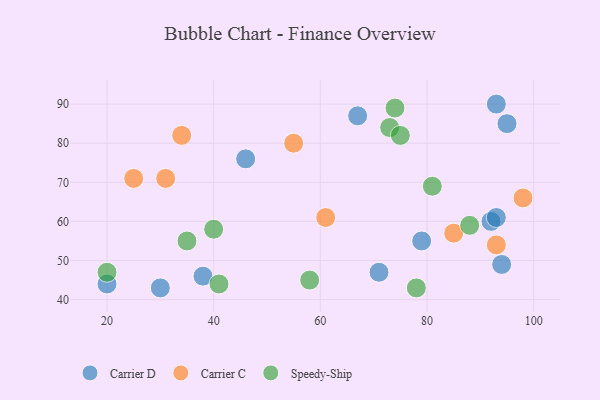
{"axis": {"x": "GDP", "y": "Life Expectancy"}, "legend": ["Carrier C", "Carrier D", "Speedy-Ship"], "data": [{"x": "71", "y": 47, "type": "Carrier D"}, {"x": "94", "y": 49, "type": "Carrier D"}, {"x": "30", "y": 43, "type": "Carrier D"}, {"x": "79", "y": 55, "type": "Carrier D"}, {"x": "92", "y": 60, "type": "Carrier D"}, {"x": "93", "y": 61, "type": "Carrier D"}, {"x": "38", "y": 46, "type": "Carrier D"}, {"x": "95", "y": 85, "type": "Carrier D"}, {"x": "46", "y": 76, "type": "Carrier D"}, {"x": "67", "y": 87, "type": "Carrier D"}, {"x": "93", "y": 90, "type": "Carrier D"}, {"x": "20", "y": 44, "type": "Carrier D"}, {"x": "85", "y": 57, "type": "Carrier C"}, {"x": "93", "y": 54, "type": "Carrier C"}, {"x": "31", "y": 71, "type": "Carrier C"}, {"x": "25", "y": 71, "type": "Carrier C"}, {"x": "34", "y": 82, "type": "Carrier C"}, {"x": "98", "y": 66, "type": "Carrier C"}, {"x": "61", "y": 61, "type": "Carrier C"}, {"x": "55", "y": 80, "type": "Carrier C"}, {"x": "73", "y": 84, "type": "Speedy-Ship"}, {"x": "20", "y": 47, "type": "Speedy-Ship"}, {"x": "75", "y": 82, "type": "Speedy-Ship"}, {"x": "35", "y": 55, "type": "Speedy-Ship"}, {"x": "41", "y": 44, "type": "Speedy-Ship"}, {"x": "88", "y": 59, "type": "Speedy-Ship"}, {"x": "78", "y": 43, "type": "Speedy-Ship"}, {"x": "58", "y": 45, "type": "Speedy-Ship"}, {"x": "40", "y": 58, "type": "Speedy-Ship"}, {"x": "81", "y": 69, "type": "Speedy-Ship"}, {"x": "74", "y": 89, "type": "Speedy-Ship"}]}